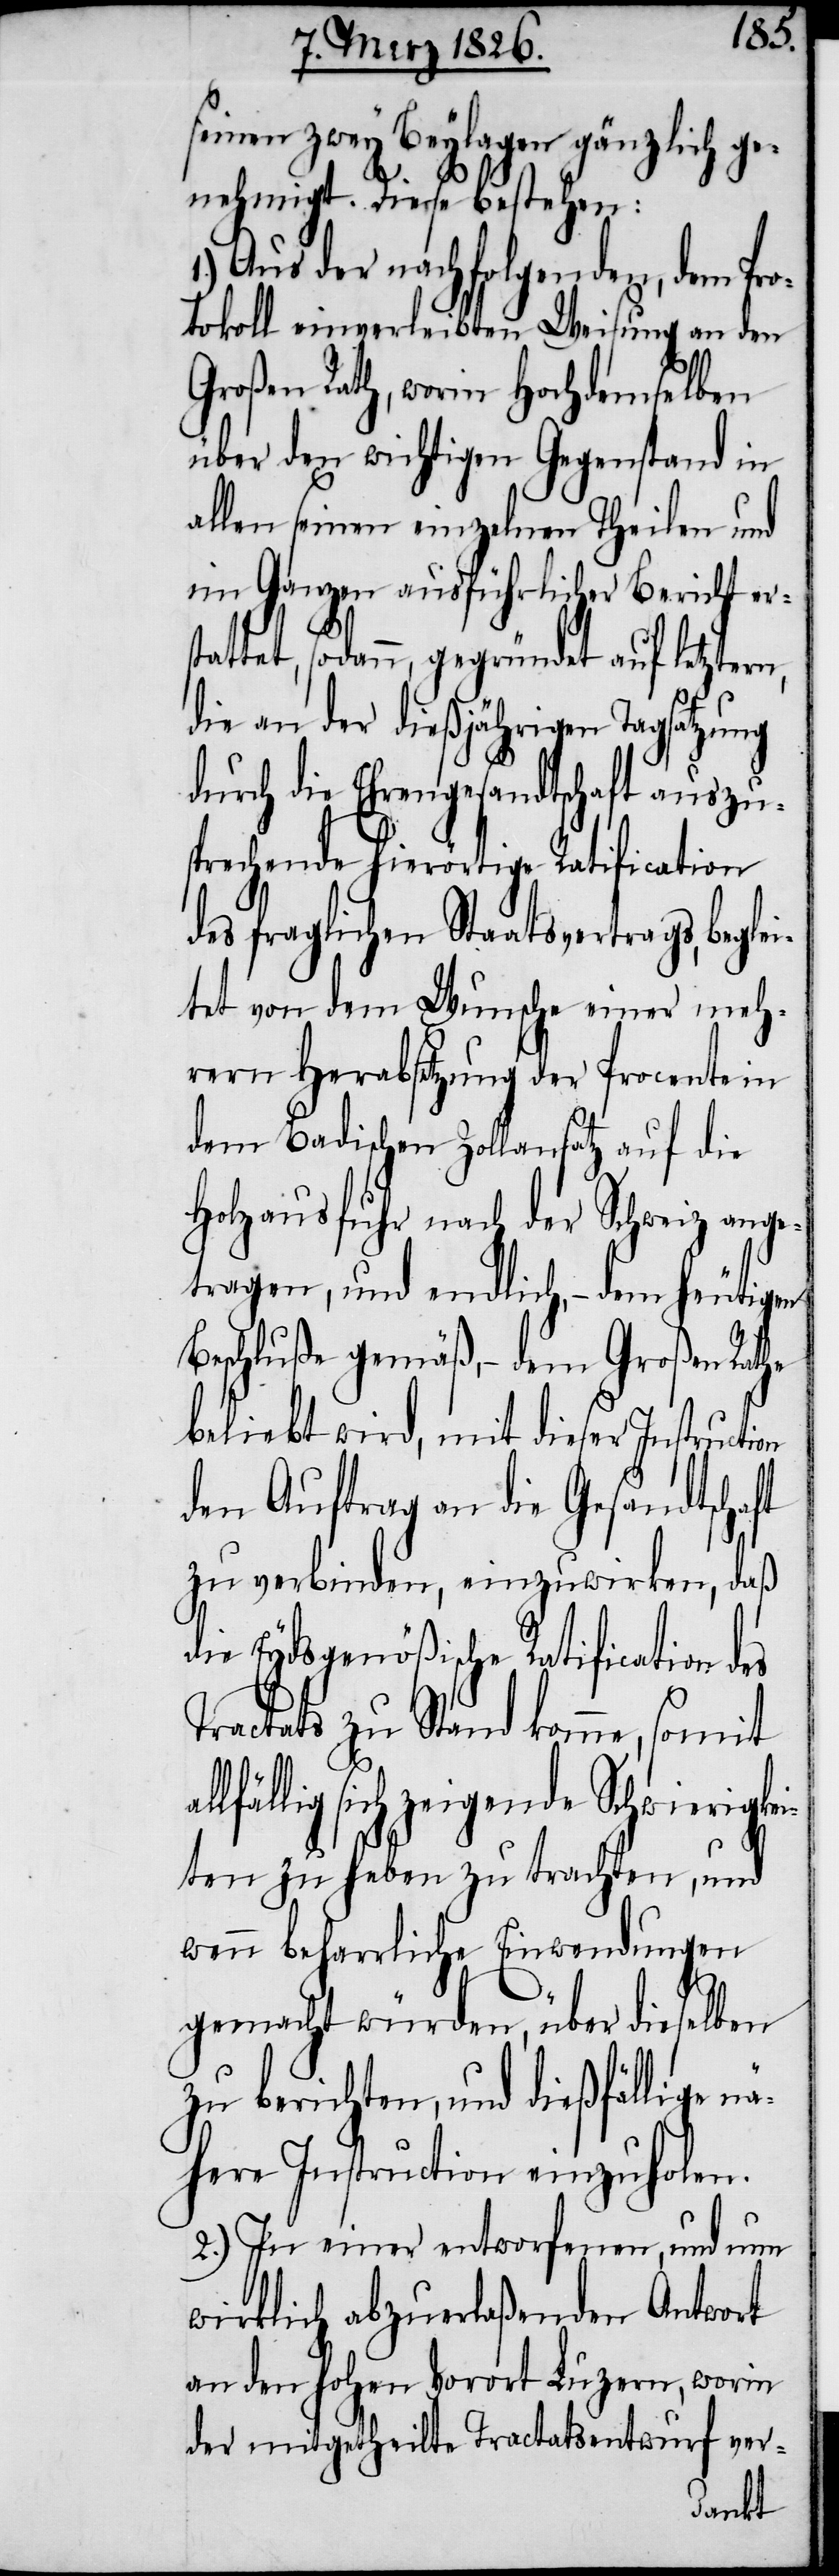
al¬
seinen zwey Beylagen gänzlich ge¬
nehmigt. Diese bestehen:
1.) Aus der nachfolgenden, dem Pro¬
tokoll einverleibten Weisung an den
Großen Rath, worin Hochdemselben
über den wichtigen Gegenstand in
allen seinen einzelnen Theilen und
im Ganzen ausführlicher Bericht er¬
stattet, sodann, gegründet auf letztern,
die an der dießjährigen Tagsatzung
durch die Ehrengesandtschaft auszus¬
prechende hierörtige Ratification
des fraglichen Staatsvertrags, begle¬
itet von dem Wunsche einer meh¬
rern Herabsetzung der Procente in
dem Badischen Zollansatz auf die
Holzausfuhr nach der Schweiz ang¬
etragen, und endlich, – dem heutigen
Beschluße gemäß, – dem Großen
beliebt wird, mit dieser Instructi¬
den Auftrag an die Gesandtsc¬
zu verbinden, einzuwirken, daß
die Eydsgenößische Ratification des
Tractats zu Stand komme, somit
lfällig sich zeigende Schwierigkei¬
ten zu heben zu trachten, und
wenn beharrliche Einwendungen
gemacht würden, über dieselben
zu berichten, und dießfällige nä¬
here Instruction einzuholen.
2.) In einer entworfenen, und nun
wirklich abzuerlaßenden Antwort
an den hohen Vorort Luzern, worin
der mitgetheilte Tractatsentwurf ver-
haft